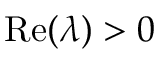
\mathrm { R e } ( \lambda ) > 0